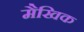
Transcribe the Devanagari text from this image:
मैखिक